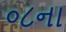
૦૮ના